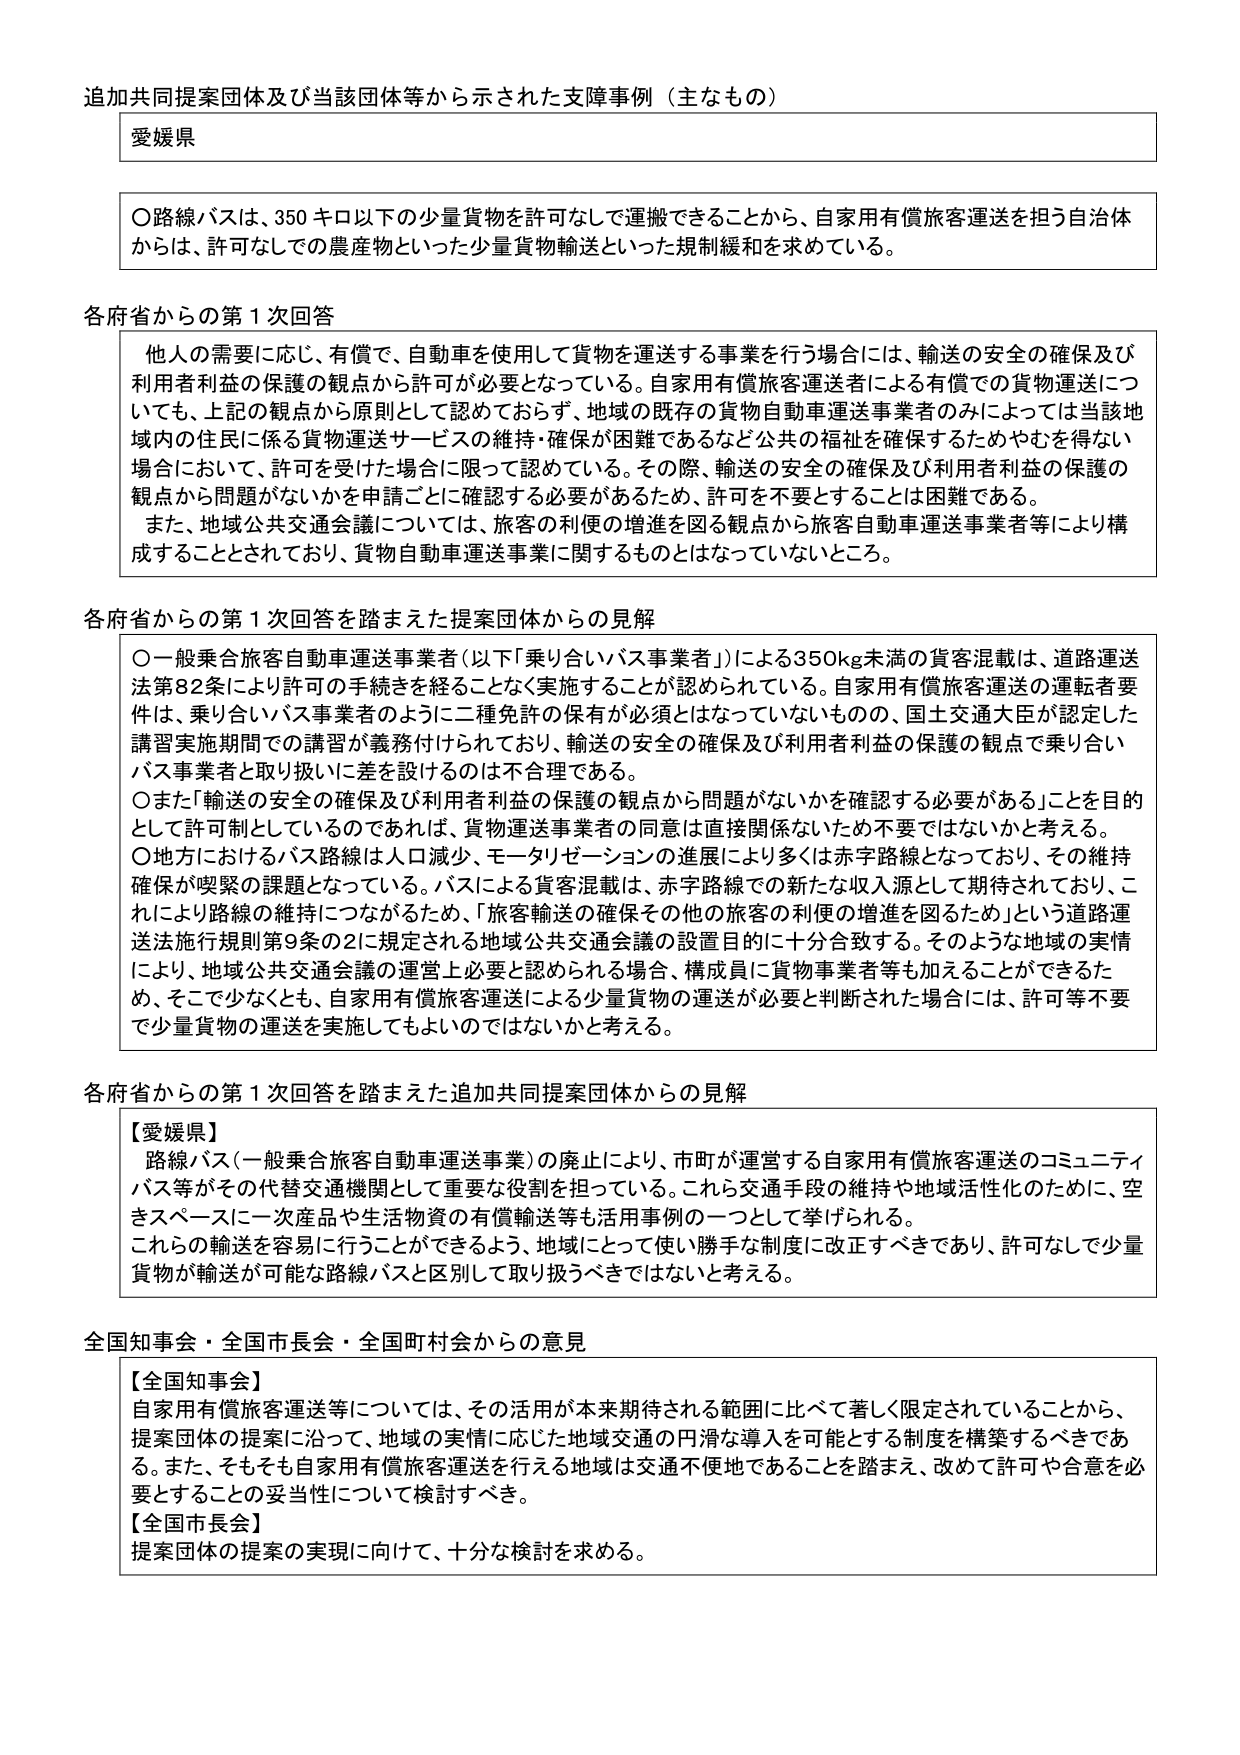
追加共同提案団体及び当該団体等から示された支障事例（主なもの）

愛媛県

〇路線バスは、350キロ以下の少量貨物を許可なしで運搬できることから、自家用有償旅客運送を担う自治体からは、許可なしでの農産物といった少量貨物輸送といった規制緩和を求めている。

各府省からの第1次回答

他人の需要に応じ、有償で、自動車を使用して貨物を運送する事業を行う場合には、輸送の安全の確保及び利用者利益の保護の観点から許可が必要となっている。自家用有償旅客運送者による有償での貨物運送についても、上記の観点から原則として認めておらず、地域の既存の貨物自動車運送事業者のみによっては当該地域内の住民に係る貨物運送サービスの維持・確保が困難であるなど公共の福祉を確保するためやむを得ない場合において、許可を受けた場合に限って認めている。その際、輸送の安全の確保及び利用者利益の保護の観点から問題がないかを申請ごとに確認する必要があるため、許可を不要とすることは困難である。
また、地域公共交通会議については、旅客の利便の増進を図る観点から旅客自動車運送事業者等により構成することとされており、貨物自動車運送事業に関するものとはなっていないところ。

各府省からの第1次回答を踏まえた提案団体からの見解

〇一般乗合旅客自動車運送事業者（以下「乗り合いバス事業者」）による350kg未満の貨客混載は、道路運送法第82条により許可の手続きを経ることなく実施することが認められている。自家用有償旅客運送の運転者要件は、乗り合いバス事業者のように二種免許の保有が必須とはなっていないものの、国土交通大臣が認定した講習実施期間での講習が義務付けられており、輸送の安全の確保及び利用者利益の保護の観点で乗り合いバス事業者と取り扱いに差を設けるのは不合理である。
〇また「輸送の安全の確保及び利用者利益の保護の観点から問題がないかを確認する必要がある」ことを目的として許可制としているのであれば、貨物運送事業者の同意は直接関係ないため不要ではないかと考える。
〇地方におけるバス路線は人口減少、モータリゼーションの進展により多くは赤字路線となっており、その維持確保が喫緊の課題となっている。バスによる貨客混載は、赤字路線での新たな収入源として期待されており、これにより路線の維持につながるため、「旅客輸送の確保その他旅客の利便の増進を図るため」という道路運送法施行規則第9条の2に規定される地域公共交通会議の設置目的に十分合致する。そのような地域の実情により、地域公共交通会議の運営上必要と認められる場合、構成員に貨物事業者等も加えることができるため、そこで少なくとも、自家用有償旅客運送による少量貨物の運送が必要と判断された場合には、許可等不要で少量貨物の運送を実施してもよいのではないかと考える。

各府省からの第1次回答を踏まえた追加共同提案団体からの見解

【愛媛県】
路線バス（一般乗合旅客自動車運送事業）の廃止により、市町が運営する自家用有償旅客運送のコミュニティバス等がその代替交通機関として重要な役割を担っている。これら交通手段の維持や地域活性化のために、空きスペースに一次産品や生活物資の有償輸送等も活用事例の一つとして挙げられる。
これらの輸送を容易に行うことができるよう、地域にとって使い勝手な制度に改正すべきであり、許可なしで少量貨物が輸送が可能な路線バスと区別して取り扱うべきではないと考える。

全国知事会・全国市長会・全国町村会からの意見

【全国知事会】
自家用有償旅客運送等については、その活用が本来期待される範囲に比べて著しく限定されていることから、提案団体の提案に沿って、地域の実情に応じた地域交通の円滑な導入を可能とする制度を構築するべきである。また、そもそも自家用有償旅客運送を行える地域は交通不便地であることを踏まえ、改めて許可や合意を必要とすることの妥当性について検討すべき。
【全国市長会】
提案団体の提案の実現に向けて、十分な検討を求める。